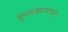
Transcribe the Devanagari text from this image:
कुलकरणपद